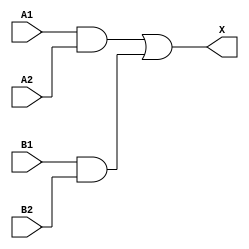
module sky130_fd_sc_ls__a22o (
    X ,
    A1,
    A2,
    B1,
    B2
);

    // Module ports
    output X ;
    input  A1;
    input  A2;
    input  B1;
    input  B2;

    // Module supplies
    supply1 VPWR;
    supply0 VGND;
    supply1 VPB ;
    supply0 VNB ;

    // Local signals
    wire and0_out ;
    wire and1_out ;
    wire or0_out_X;

    //  Name  Output     Other arguments
    and and0 (and0_out , B1, B2            );
    and and1 (and1_out , A1, A2            );
    or  or0  (or0_out_X, and1_out, and0_out);
    buf buf0 (X        , or0_out_X         );

endmodule